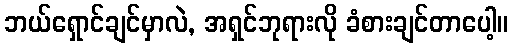
ဘယ်ရှောင်ချင်မှာလဲ, အရှင်ဘုရားလို ခံစားချင်တာပေါ့။